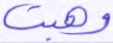
وهبت